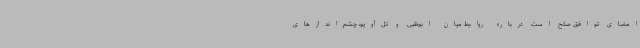
امضای توافق صلح است درباره روابط میان ابوظبی و تل‌آویو، چشم‌اندازهای